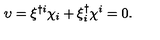
\upsilon = \xi ^ { \dagger i } \chi _ { i } + \xi _ { i } ^ { \dagger } \chi ^ { i } = 0 .